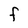
Character: F